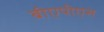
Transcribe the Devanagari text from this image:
बीएपीएस